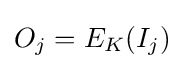
O_{j}=E_{K}(I_{j})